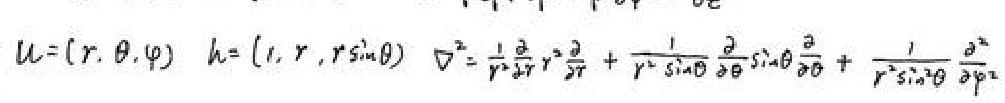
\begin{align*}
u&=(r,\theta,\varphi)\\
h&=(1,r,r\sin\theta)\\
\nabla^{2}&=\frac{1}{r^{2}}\frac{\partial}{\partial r}r^{2}\frac{\partial}{\partial r}+\frac{1}{r^{2}\sin\theta}\frac{\partial}{\partial\theta}\sin\theta\frac{\partial}{\partial\theta}+\frac{1}{r^{2}\sin^{2}\theta}\frac{\partial^{2}}{\partial\varphi^{2}}
\end{align*}